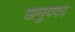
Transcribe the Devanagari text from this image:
अनुपपत्र